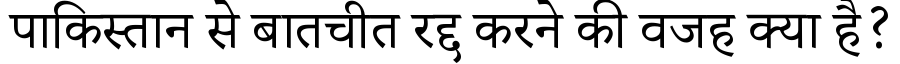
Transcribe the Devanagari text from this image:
पाकिस्तान से बातचीत रद्द करने की वजह क्या है?